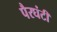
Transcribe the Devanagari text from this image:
पैरघंटी